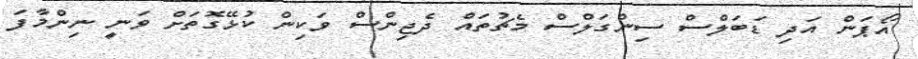
އޯޕަން އަދި ޑަބަލްސް ސިންގަލްސް މެޗުތައް ދެޖިންސް ވަކިން ކުޅޭގޮތަށް ވަނީ ނިންމާފަ